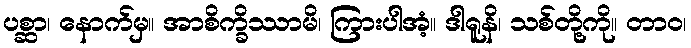
ပစ္ဆာ၊ နောက်မှ။ အာစိက္ခိဿာမိ၊ ကြားပါအံ့။ ဒါရူနိ၊ သစ်တို့ကို။ တာဝ၊